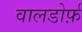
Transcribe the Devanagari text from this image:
वालडोर्फ़